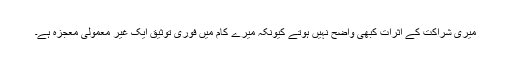
میری شراکت کے اثرات کبھی واضح نہیں ہوتے کیونکہ میرے کام میں فوری توثیق ایک غیر معمولی معجزہ ہے۔